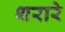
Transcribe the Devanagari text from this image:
शरारे